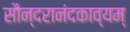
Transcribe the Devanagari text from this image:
सौन्दरानंदकाव्यम्